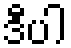
ဒီပါ